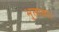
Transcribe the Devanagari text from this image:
भुलाया।